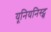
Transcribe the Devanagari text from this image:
यूनियनिस्ट्स